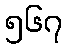
၅၆၇